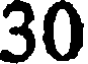
30